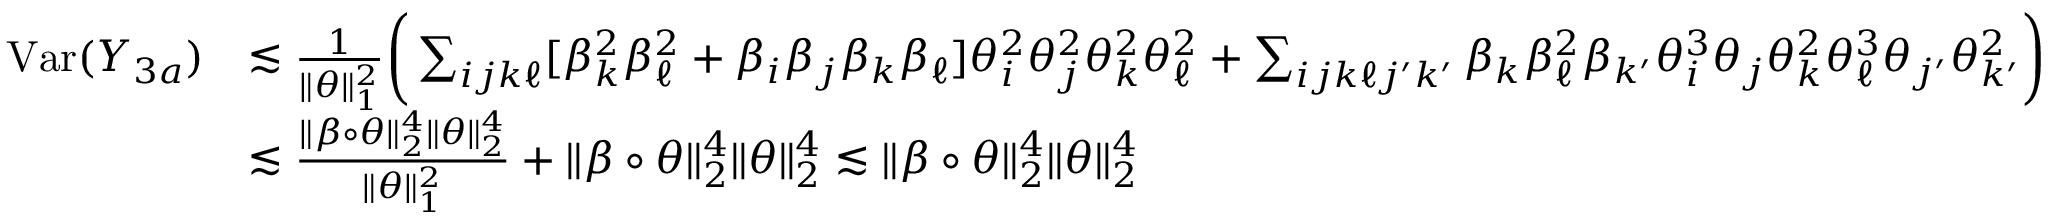
\begin{array} { r l } { \mathrm { V a r } ( Y _ { 3 a } ) } & { \lesssim \frac { 1 } { \| \theta \| _ { 1 } ^ { 2 } } \bigg ( \sum _ { i j k \ell } [ \beta _ { k } ^ { 2 } \beta _ { \ell } ^ { 2 } + \beta _ { i } \beta _ { j } \beta _ { k } \beta _ { \ell } ] \theta _ { i } ^ { 2 } \theta _ { j } ^ { 2 } \theta _ { k } ^ { 2 } \theta _ { \ell } ^ { 2 } + \sum _ { i j k \ell j ^ { \prime } k ^ { \prime } } \beta _ { k } \beta _ { \ell } ^ { 2 } \beta _ { k ^ { \prime } } \theta _ { i } ^ { 3 } \theta _ { j } \theta _ { k } ^ { 2 } \theta _ { \ell } ^ { 3 } \theta _ { j ^ { \prime } } \theta _ { k ^ { \prime } } ^ { 2 } \bigg ) } \\ & { \lesssim \frac { \| \beta \circ \theta \| _ { 2 } ^ { 4 } \| \theta \| _ { 2 } ^ { 4 } } { \| \theta \| _ { 1 } ^ { 2 } } + \| \beta \circ \theta \| _ { 2 } ^ { 4 } \| \theta \| _ { 2 } ^ { 4 } \lesssim \| \beta \circ \theta \| _ { 2 } ^ { 4 } \| \theta \| _ { 2 } ^ { 4 } } \end{array}